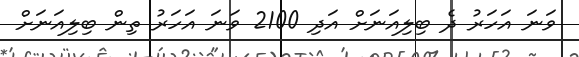
ވަނަ އަހަރު ދެ ބިލިއަނަށް އަދި 2100 ވަނަ އަހަރު ތިން ބިލިއަނަށް